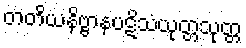
တတိယနိဗ္ဗာနပဋိသံယုတ္တသုတ္တ